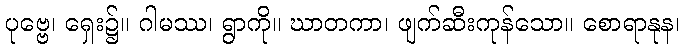
ပုဗ္ဗေ၊ ရှေး၌။ ဂါမဿ၊ ရွာကို။ ဃာတကာ၊ ဖျက်ဆီးကုန်သော။ စောရာနုန၊